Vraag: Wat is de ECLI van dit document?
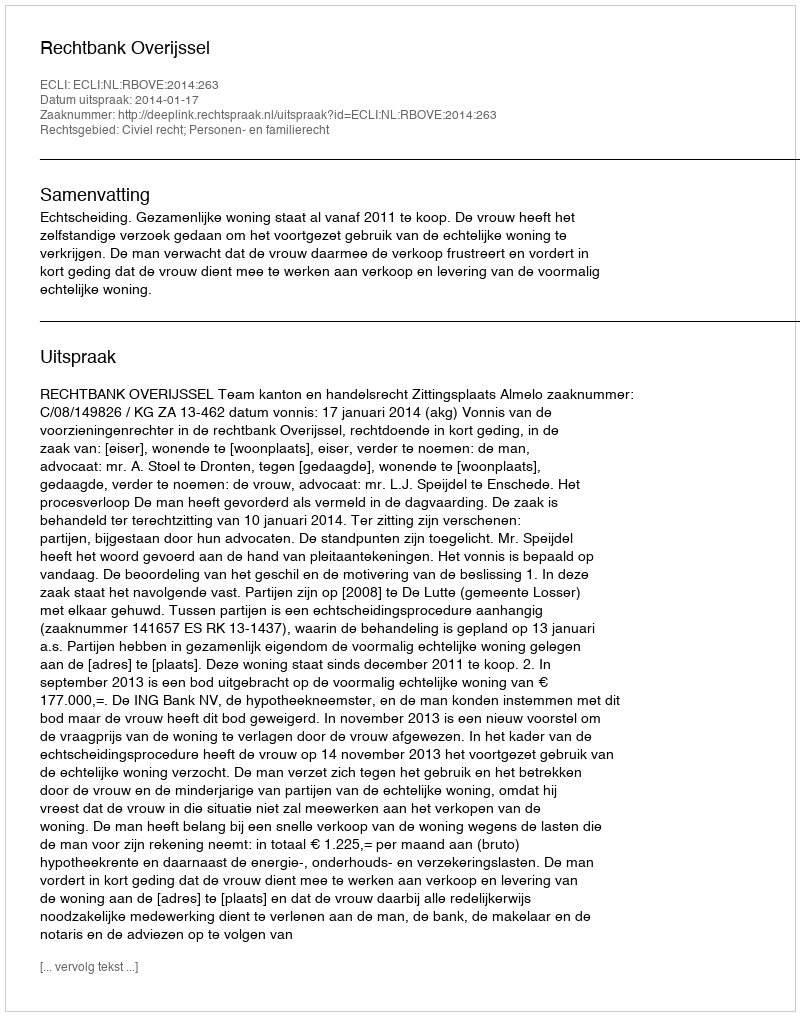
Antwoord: ECLI:NL:RBOVE:2014:263